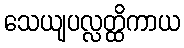
သေယျပလ္လတ္ထိကာယ